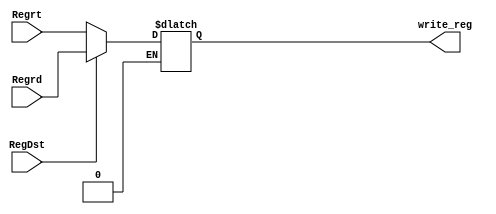
module SelectRegSource(write_reg,Regrt,Regrd,RegDst);
                            // this module selects the register to be written
output [4:0] write_reg;

input [4:0] Regrt,Regrd;
input RegDst;

reg [4:0] write_reg;

always @(*)begin
	if(RegDst ==1'b0)begin
		write_reg =Regrt;
	end
	if(RegDst ==1'b1)begin
		write_reg =Regrd;
	end
end

endmodule